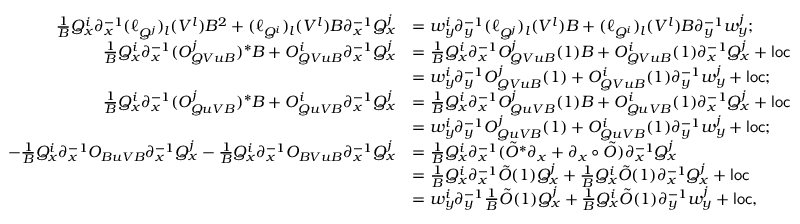
\begin{array} { r l } { \frac 1 B Q _ { x } ^ { i } { \partial } _ { x } ^ { - 1 } ( \ell _ { Q ^ { j } } ) _ { l } ( V ^ { l } ) B ^ { 2 } + ( \ell _ { Q ^ { i } } ) _ { l } ( V ^ { l } ) B { \partial } _ { x } ^ { - 1 } Q _ { x } ^ { j } } & { = w _ { y } ^ { i } { \partial } _ { y } ^ { - 1 } ( \ell _ { Q ^ { j } } ) _ { l } ( V ^ { l } ) B + ( \ell _ { Q ^ { i } } ) _ { l } ( V ^ { l } ) B { \partial } _ { y } ^ { - 1 } w _ { y } ^ { j } ; } \\ { \frac 1 B Q _ { x } ^ { i } { \partial } _ { x } ^ { - 1 } ( O _ { Q V u B } ^ { j } ) ^ { * } B + O _ { Q V u B } ^ { i } { \partial } _ { x } ^ { - 1 } Q _ { x } ^ { j } } & { = \frac 1 B Q _ { x } ^ { i } { \partial } _ { x } ^ { - 1 } O _ { Q V u B } ^ { j } ( 1 ) B + O _ { Q V u B } ^ { i } ( 1 ) { \partial } _ { x } ^ { - 1 } Q _ { x } ^ { j } + \mathsf { l o c } } \\ & { = w _ { y } ^ { i } { \partial } _ { y } ^ { - 1 } O _ { Q V u B } ^ { j } ( 1 ) + O _ { Q V u B } ^ { i } ( 1 ) { \partial } _ { y } ^ { - 1 } w _ { y } ^ { j } + \mathsf { l o c } ; } \\ { \frac 1 B Q _ { x } ^ { i } { \partial } _ { x } ^ { - 1 } ( O _ { Q u V B } ^ { j } ) ^ { * } B + O _ { Q u V B } ^ { i } { \partial } _ { x } ^ { - 1 } Q _ { x } ^ { j } } & { = \frac 1 B Q _ { x } ^ { i } { \partial } _ { x } ^ { - 1 } O _ { Q u V B } ^ { j } ( 1 ) B + O _ { Q u V B } ^ { i } ( 1 ) { \partial } _ { x } ^ { - 1 } Q _ { x } ^ { j } + \mathsf { l o c } } \\ & { = w _ { y } ^ { i } { \partial } _ { y } ^ { - 1 } O _ { Q u V B } ^ { j } ( 1 ) + O _ { Q u V B } ^ { i } ( 1 ) { \partial } _ { y } ^ { - 1 } w _ { y } ^ { j } + \mathsf { l o c } ; } \\ { - \frac 1 B Q _ { x } ^ { i } { \partial } _ { x } ^ { - 1 } O _ { B u V B } { \partial } _ { x } ^ { - 1 } Q _ { x } ^ { j } - \frac 1 B Q _ { x } ^ { i } { \partial } _ { x } ^ { - 1 } O _ { B V u B } { \partial } _ { x } ^ { - 1 } Q _ { x } ^ { j } } & { = \frac 1 B Q _ { x } ^ { i } { \partial } _ { x } ^ { - 1 } ( \tilde { O } ^ { * } { \partial } _ { x } + { \partial } _ { x } \circ \tilde { O } ) { \partial } _ { x } ^ { - 1 } Q _ { x } ^ { j } } \\ & { = \frac 1 B Q _ { x } ^ { i } { \partial } _ { x } ^ { - 1 } \tilde { O } ( 1 ) Q _ { x } ^ { j } + \frac 1 B Q _ { x } ^ { i } \tilde { O } ( 1 ) { \partial } _ { x } ^ { - 1 } Q _ { x } ^ { j } + \mathsf { l o c } } \\ & { = w _ { y } ^ { i } { \partial } _ { y } ^ { - 1 } \frac 1 B \tilde { O } ( 1 ) Q _ { x } ^ { j } + \frac 1 B Q _ { x } ^ { i } \tilde { O } ( 1 ) { \partial } _ { y } ^ { - 1 } w _ { y } ^ { j } + \mathsf { l o c } , } \end{array}